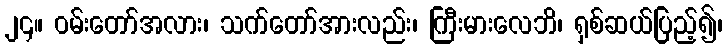
၂၄။ ဝမ်းတော်အလား၊ သက်တော်အားလည်း၊ ကြီးမားလေဘိ၊ ရှစ်ဆယ်ပြည့်၍၊